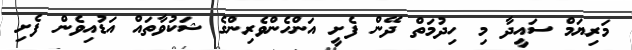
މަރިޔަމް ސައީދާ މި ހިދުމަތް ދޭން ފެށީ އަންހެންވެރިންގެ ޝަކުވާތައް އަޑުއިވެން ފެށި